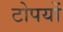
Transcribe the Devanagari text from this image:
टोपयों